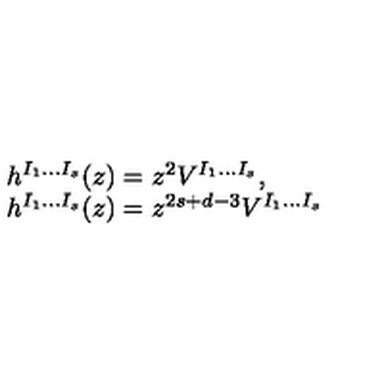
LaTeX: \begin{array} { l } { h ^ { I _ { 1 } \ldots I _ { s } } ( z ) = z ^ { 2 } V ^ { I _ { 1 } \ldots I _ { s } } , } \\ { h ^ { I _ { 1 } \ldots I _ { s } } ( z ) = z ^ { 2 s + d - 3 } V ^ { I _ { 1 } \ldots I _ { s } } } \\ \end{array}